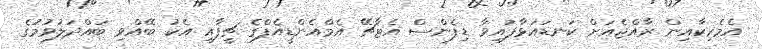
އެމެރިކާއިން ރާއްޖެއަށް ކަނޑައަޅާފައިވާ ޑިފެންސް އެޓާޗޭ އެމްއެންޑީއެފްގެ ޗީފާއި އެކު ބޭއްވި ބައްދަލުވުމުގެ